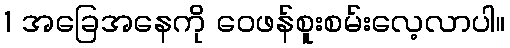
1 အခြေအနေကို ဝေဖန်စူးစမ်းလေ့လာပါ။